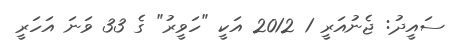
ސައީދު: ޖެނުއަރީ 1 2012 އަކީ "ހަވީރު" ގެ 33 ވަނަ އަހަރީ